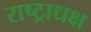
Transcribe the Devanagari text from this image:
राष्ट्राधक्ष